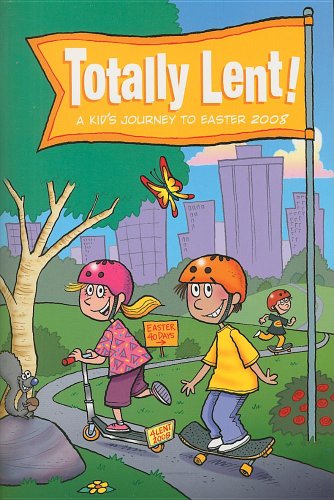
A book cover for Totally Lent!: A Kid's Journey to Easter 2008; Sr. Alice Ann Pfeifer; Children's Books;